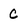
Character: c